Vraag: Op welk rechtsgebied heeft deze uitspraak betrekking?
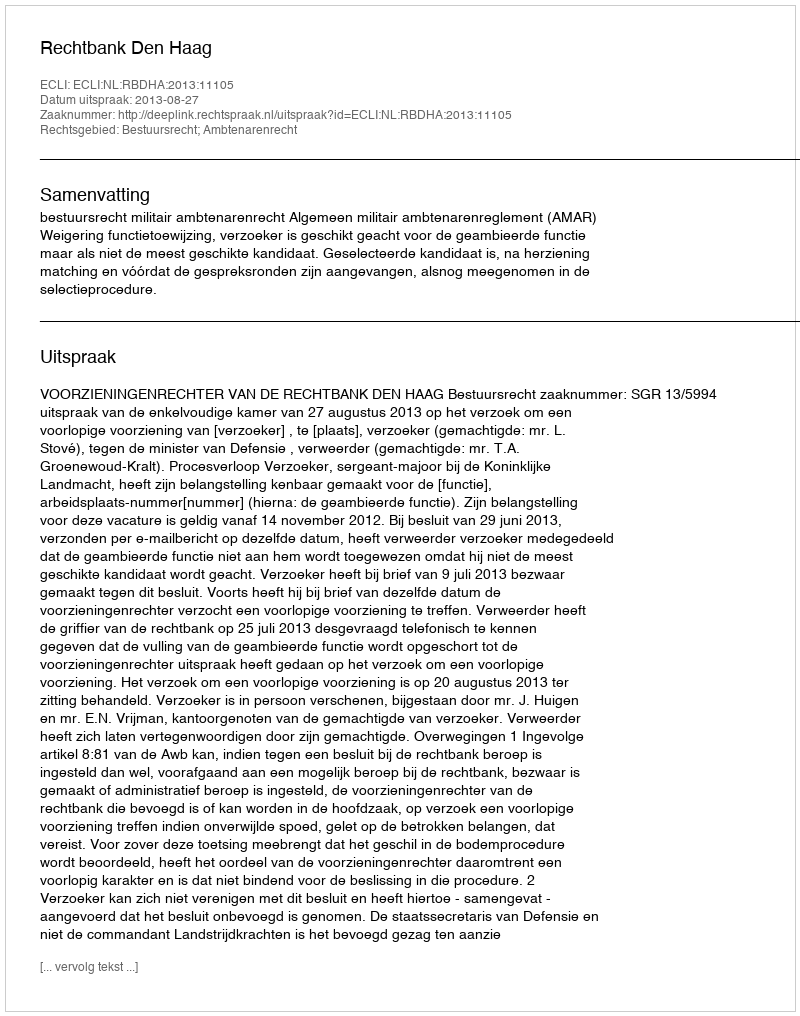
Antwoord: Bestuursrecht; Ambtenarenrecht